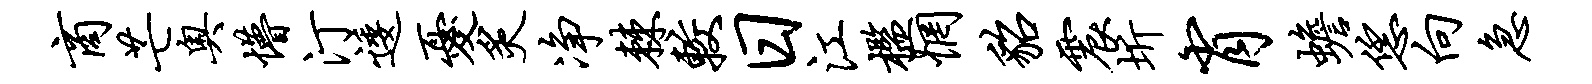
商芒奥懵汀逶忧炙净棘较日江槛惘貂震圻肖蟾恁向急